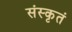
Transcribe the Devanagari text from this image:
संस्कृतं